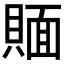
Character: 𰷉